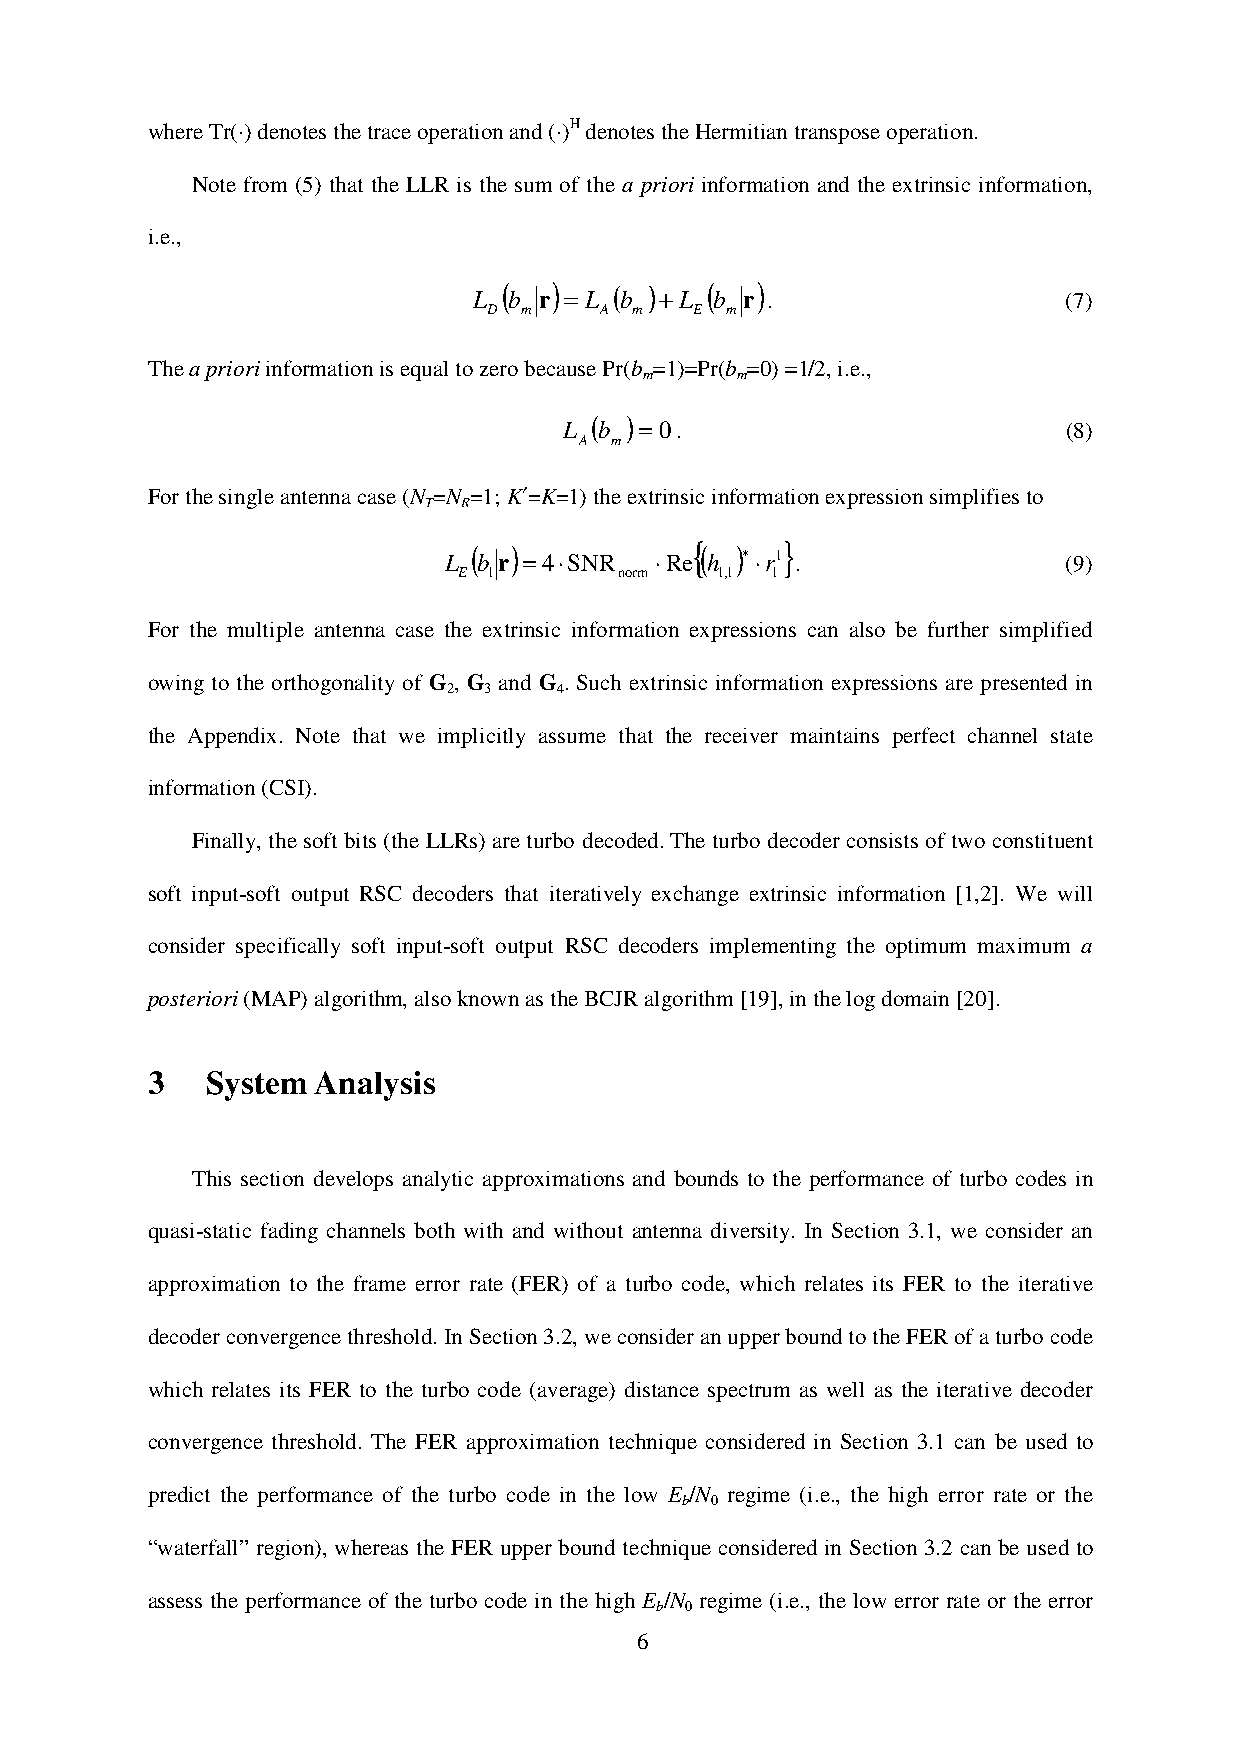
where Tr(·) denotes the trace operation and (·)H denotes the Hermitian transpose operation.
 Note from (5) that the LLR is the sum of the a priori information and the extrinsic information,
 i.e.,
 (   )   ( )   (  )
 L  b r = L b + L b r .                  (7)
 D m     A m   E m
 The a priori information is equal to zero because Pr(b =1)=Pr(b =0) =1/2, i.e.,
 m     m
 L (b ) = 0.                       (8)
 A m
 For the single antenna case (N =N =1; K′=K=1) the extrinsic information expression simplifies to
 T  R
 L
 (
 b
 r)
 =4⋅SNR
 ⋅Re{(
 h
 )∗⋅r1}
 .                 (9)
 E 1        norm  1,1 1
 For the multiple antenna case the extrinsic information expressions can also be further simplified
 owing to the orthogonality of G , G and G . Such extrinsic information expressions are presented in
 2 3    4
 the Appendix. Note that we implicitly assume that the receiver maintains perfect channel state
 information (CSI).
 Finally, the soft bits (the LLRs) are turbo decoded. The turbo decoder consists of two constituent
 soft input-soft output RSC decoders that iteratively exchange extrinsic information [1,2]. We will
 consider specifically soft input-soft output RSC decoders implementing the optimum maximum a
 posteriori (MAP) algorithm, also known as the BCJR algorithm [19], in the log domain [20].
 3   System Analysis
 This section develops analytic approximations and bounds to the performance of turbo codes in
 quasi-static fading channels both with and without antenna diversity. In Section 3.1, we consider an
 approximation to the frame error rate (FER) of a turbo code, which relates its FER to the iterative
 decoder convergence threshold. In Section 3.2, we consider an upper bound to the FER of a turbo code
 which relates its FER to the turbo code (average) distance spectrum as well as the iterative decoder
 convergence threshold. The FER approximation technique considered in Section 3.1 can be used to
 predict the performance of the turbo code in the low E /N regime (i.e., the high error rate or the
 b 0
 “waterfall” region), whereas the FER upper bound technique considered in Section 3.2 can be used to
 assess the performance of the turbo code in the high E /N regime (i.e., the low error rate or the error
 b 0
 6